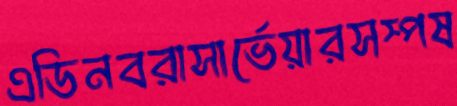
এডিনবরাসার্ভেয়ারসস্পষ